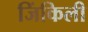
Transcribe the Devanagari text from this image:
जिंकिली